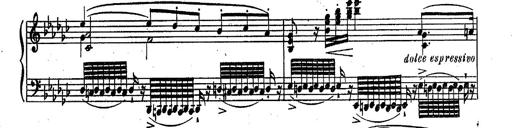
Title: RÃ©miniscences des Huguenots
Composer: Franz Liszt